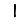
Digit: 1